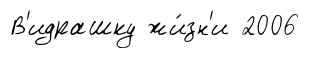
В'идрашку жи́зн'и 2006